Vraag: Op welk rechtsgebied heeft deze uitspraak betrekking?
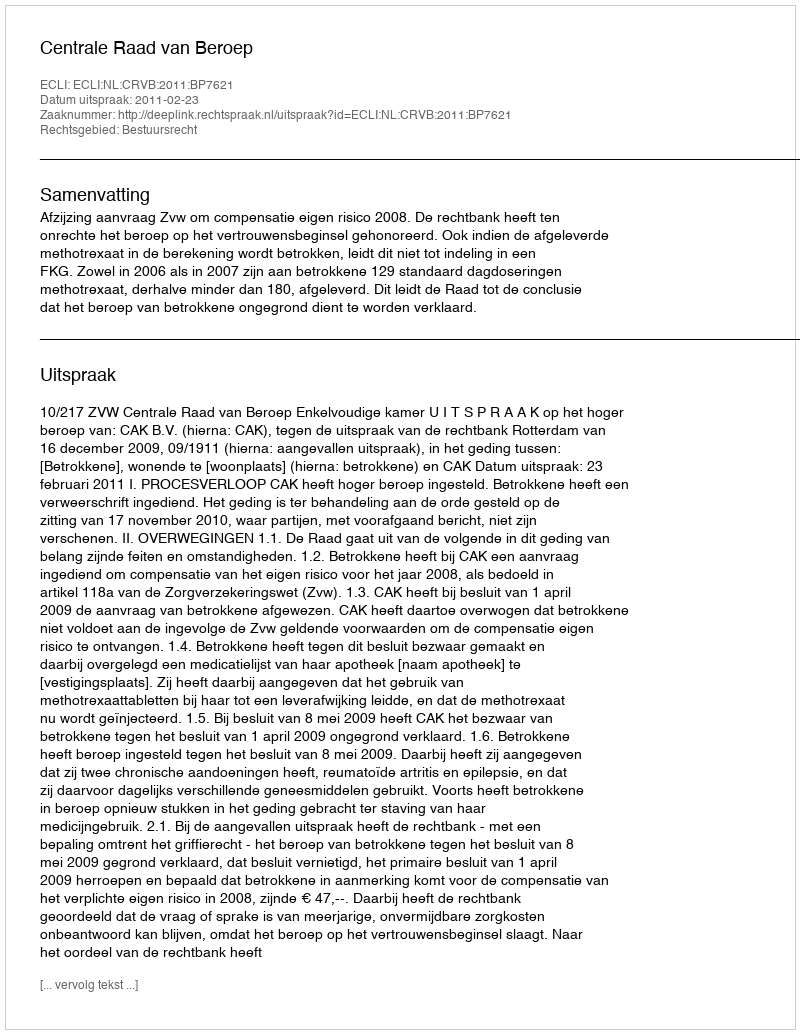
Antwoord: Bestuursrecht